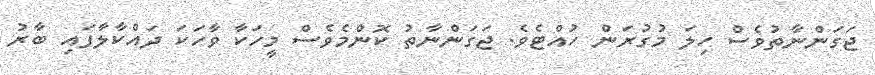
ޖަގަންނާތުވެސް ހިލަ މުގުރަން ހުއްޓެވެ. ޖަގަންނާތު ކޮންމެވެސް މީހަކާ ވާހަކަ ދައްކާލާފައި ބާރު